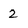
Character: 2